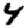
Digit: 4